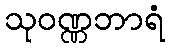
သုဝဏ္ဏဘာရံ